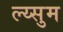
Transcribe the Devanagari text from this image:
ल्य्सुम